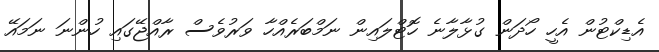
އެޑިކްޓުން އެހީ ހޯދަން ގުޅާލާނެ ހޮޓްލައިން ނަމްބަރެއްްހާ ވަރުވެސް ރާއްޖޭގައި ހުންނަ ނަމައޭ